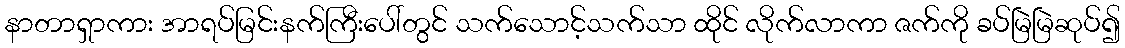
နာတာရှာကား အာရပ်မြင်းနက်ကြီးပေါ်တွင် သက်သောင့်သက်သာ ထိုင် လိုက်လာကာ ဇက်ကို ခပ်မြဲမြဲဆုပ်၍